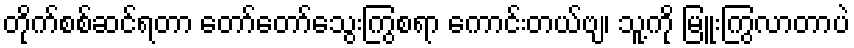
တိုက်စစ်ဆင်ရတာ တော်တော်သွေးကြွစရာ ကောင်းတယ်ဗျ၊ သူ့ကို မြူးကြွလာတာပဲ